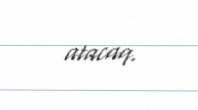
atacaq.